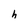
Character: h